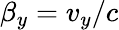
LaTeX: \beta_{y}=v_{y}/c